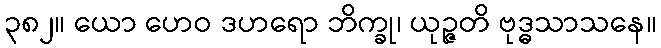
၃၈၂။ ယော ဟေဝ ဒဟရော ဘိက္ခု၊ ယုဉ္ဇတိ ဗုဒ္ဓသာသနေ။